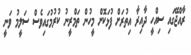
ރާއްޖޭގައި ސިއްހީ ދާއިރާ އިތުރަށް ފުޅަކޮށް މީހުން ތަމްރީނު ކުރުމުގައިވެސް ސަލީމު ވަނީ